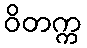
ဝိတက္က